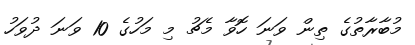
މުބާރާތުގެ ތިން ވަނަ ހޮވާ މެޗު މި މަހުގެ 10 ވަނަ ދުވަހު